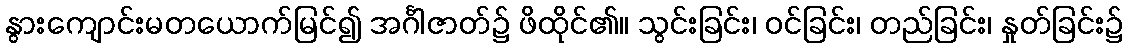
နွားကျောင်းမတယောက်မြင်၍ အင်္ဂါဇာတ်၌ ဖိထိုင်၏။ သွင်းခြင်း၊ ဝင်ခြင်း၊ တည်ခြင်း၊ နှုတ်ခြင်း၌